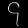
Digit: ၄